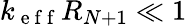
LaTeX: k_{\mathrm{~e~f~f~}}R_{N+1}\ll 1